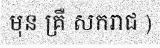
មុន គ្រឺ សករាជ )